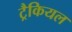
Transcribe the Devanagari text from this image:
ट्रैकियल